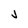
Character: j